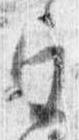
宮